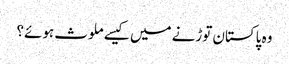
وہ پاکستان توڑنے میں کیسے ملوث ہوئے؟